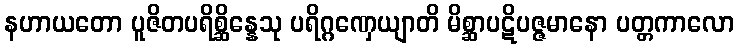
နဟာယတော ပူဇိတပရိစ္ဆိန္နေသု ပရိဂ္ဂဏှေယျာတိ မိစ္ဆာပဋိပဇ္ဇမာနော ပတ္တကာလော